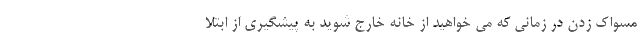
مسواک زدن در زمانی که می خواهید از خانه خارج شوید به پیشگیری از ابتلا